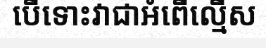
បើទោះវាជាអំពើល្មើស